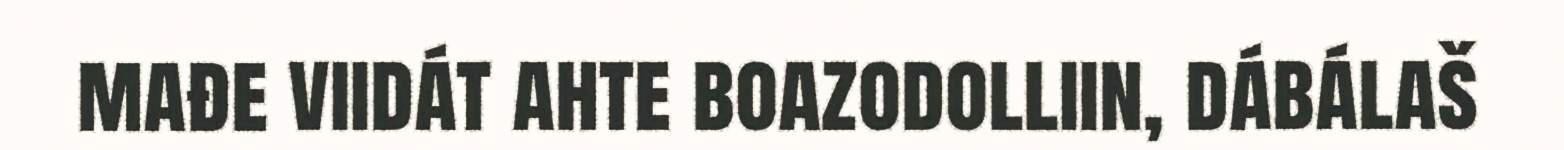
mađe viidát ahte boazodolliin, dábálaš